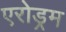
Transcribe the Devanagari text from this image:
एरोड्रम